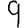
Digit: 9